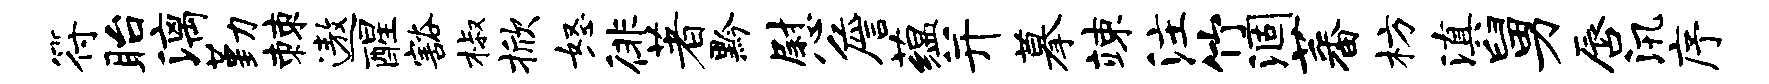
符眙漓勤棘遨醒豁椒掀怒徘著黔慰詹蕴并摹竦注竹涸蕃枋滇舅唇汛序